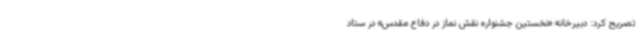
تصریح کرد: دبیرخانه «نخستین جشنواره نقش نماز در دفاع مقدس» در ستاد